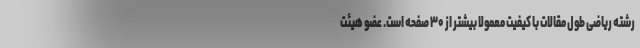
رشته ریاضی طول مقالات با کیفیت معمولا بیشتر از ۳۰ صفحه است. عضو هیئت